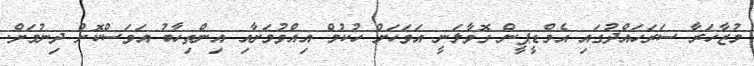
މުޒާހަރާ ސަރަހައްދުގައި އެމްޑީޕީން ގޮވާލަނީ އަވަހަށް ހުކުމް އިއްވުމަށާއި އިންތިހާބު އަވަސްކޮށް ދިނުމަށް.